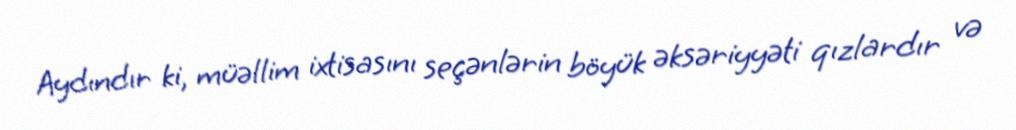
Aydındır ki, müəllim ixtisasını seçənlərin böyük əksəriyyəti qızlardır və